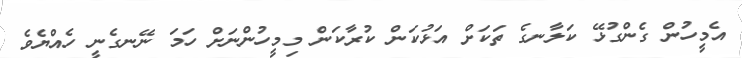
އެމީހުން ގެންގުޅޭ ކަލާނގެ ތަކަށް އަޅުކަން ކުރާކަން މިމީހުންނަށް ހަމަ ނޭނގެނީ ހެއްޔެވެ